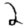
Digit: 2